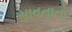
સાવનાનો